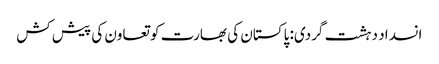
انسداد دہشت گردی: پاکستان کی بھارت کو تعاون کی پیش کش